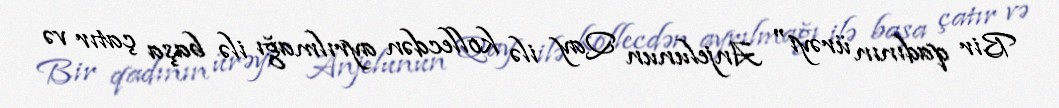
Bir qadının ürəyi" Anjelunun Qay ilə kollecdən ayrılmağı ilə başa çatır və